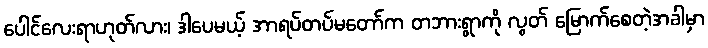
ပေါင်လေးရာဟုတ်လား၊ ဒါပေမယ့် အာရပ်တပ်မတော်က တဘားရွာကို လွတ် မြောက်စေတဲ့အခါမှာ